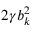
2 \gamma b _ { k } ^ { 2 }